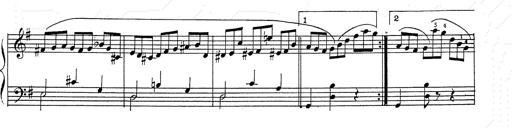
Title: 6 Polish Songs
Composer: Franz Liszt